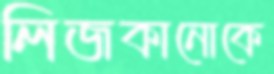
লিজকানোকে